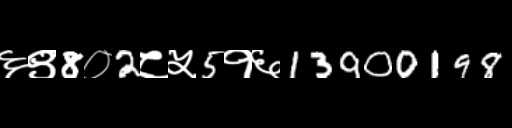
Text: ६९8०2८५5१६13900198